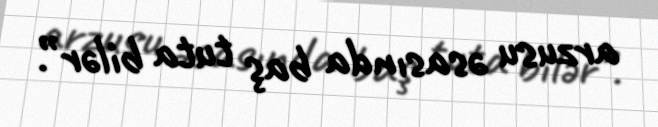
arzusu əsasında baş tuta bilər”.